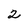
Character: 2